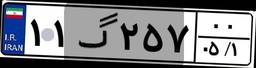
۰۳گ۷۸۰۷۶